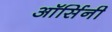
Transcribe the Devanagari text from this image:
ऑर्सिनी